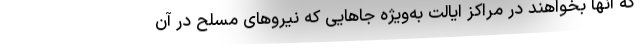
که آنها بخواهند در مراکز ایالت به‌ویژه جاهایی که نیروهای مسلح در آن